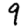
Digit: 9